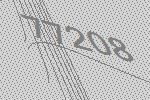
77208